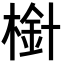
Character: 𣗒